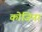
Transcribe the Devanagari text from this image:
कोजिना